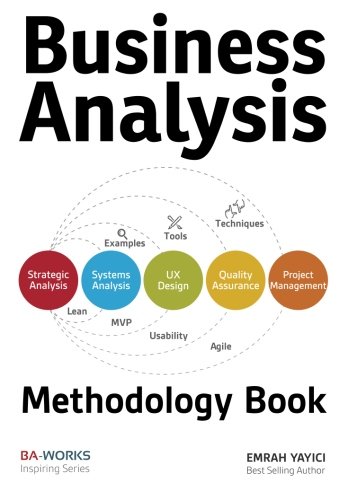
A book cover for Business Analysis Methodology Book; Emrah Yayici; Computers & Technology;